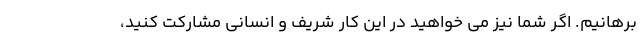
برهانیم. اگر شما نیز می خواهید در این کار شریف و انسانی مشارکت کنید،